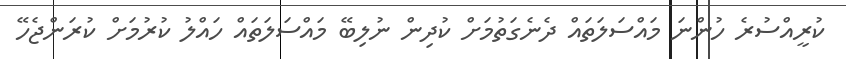
ކުރީއްސުރެ ހުންނަ މައްސަލަތައް ދެނެގަތުމަށް ކުދިން ނުލިބޭ މައްސަލަތައް ހައްލު ކުރުމަށް ކުރަންޖެހޭ